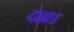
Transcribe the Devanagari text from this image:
दह्या